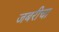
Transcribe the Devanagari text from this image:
जबरीचा